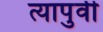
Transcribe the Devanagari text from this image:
त्यापुर्वी